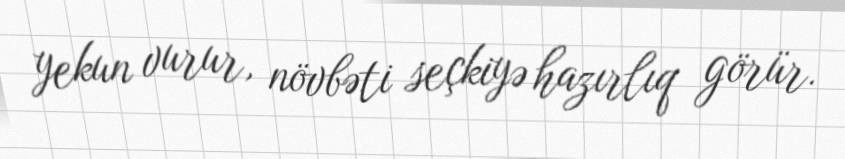
yekun vurur, növbəti seçkiyə hazırlıq görür.